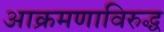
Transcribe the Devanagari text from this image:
आक्रमणाविरुद्ध